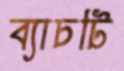
ব্যাচটি